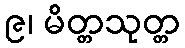
၉၊ မိတ္တသုတ္တ